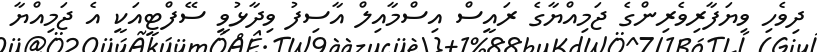
ދިވެހި ވިޔަފާރިވެރިންގެ ޖަމިއްޔާގެ ރައީސް އިސްމާއިލް އާސިފު ވިދާޅުވީ ސޭފްޓީއަކީ އެ ޖަމިއްޔާ